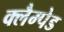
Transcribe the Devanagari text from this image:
क्लैम्पेड